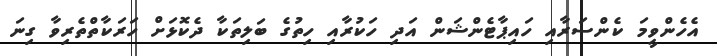
އެހެންވީމަ ކެންސަރާއި ހައިޕާޓެންޝަން އަދި ހަކުރާއި ހިތުގެ ބަލިތަކާ ދެކޮޅަށް ހަރަކާތްތެރިވާ ގިނަ